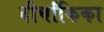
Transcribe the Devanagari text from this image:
दीर्घांकिका